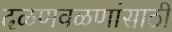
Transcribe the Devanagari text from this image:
दळणवळणांसाठी